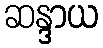
ဆန္ဒာယ